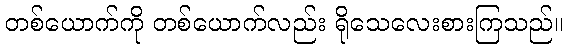
တစ်ယောက်ကို တစ်ယောက်လည်း ရိုသေလေးစားကြသည်။